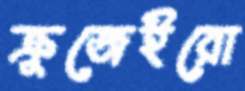
ক্রুজেইরো